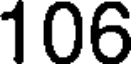
106